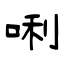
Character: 唎